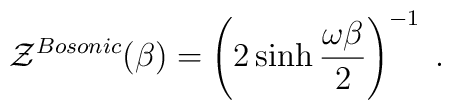
{\cal Z}^{Bosonic} (\beta) = \left( 2 \sinh {\omega\beta\over 2}\right)^{-1} \;.